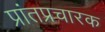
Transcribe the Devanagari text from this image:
प्रांतप्रचारक